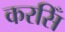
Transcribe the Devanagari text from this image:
करसिँ